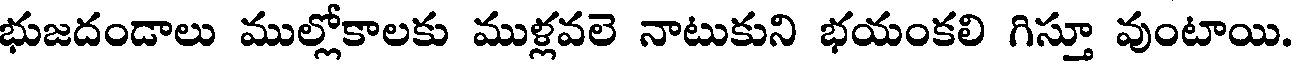
భుజదండాలు ముల్లోకాలకు ముళ్లవలె నాటుకుని భయంకలి గిస్తూ వుంటాయి.